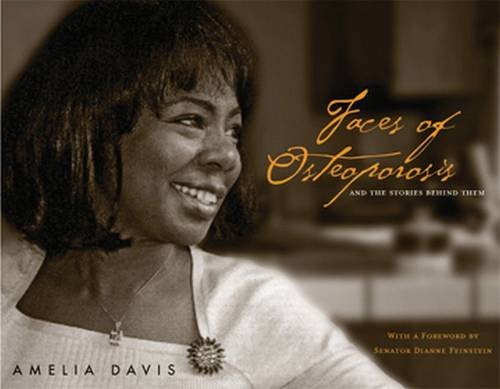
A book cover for Faces of Osteoporosis; Amelia Davis; Health, Fitness & Dieting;